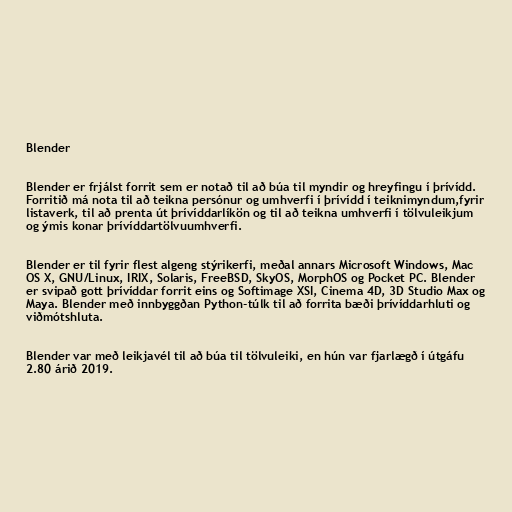
Blender

Blender er frjálst forrit sem er notað til að búa til myndir og hreyfingu í þrívídd.
Forritið má nota til að teikna persónur og umhverfi í þrívídd í teiknimyndum,fyrir
listaverk, til að prenta út þrívíddarlíkön og til að teikna umhverfi í tölvuleikjum
og ýmis konar þrívíddartölvuumhverfi.

Blender er til fyrir flest algeng stýrikerfi, meðal annars Microsoft Windows, Mac
OS X, GNU/Linux, IRIX, Solaris, FreeBSD, SkyOS, MorphOS og Pocket PC. Blender
er svipað gott þrívíddar forrit eins og Softimage XSI, Cinema 4D, 3D Studio Max og
Maya. Blender með innbyggðan Python-túlk til að forrita bæði þrívíddarhluti og
viðmótshluta.

Blender var með leikjavél til að búa til tölvuleiki, en hún var fjarlægð í útgáfu
2.80 árið 2019.